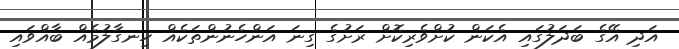
އަދި އޭގެ ބަދަލުގައި އެކަން ކުށްވެރިކޮށް ރަށުގެ ގިނަ އަންހެނުންތަކެއް ހިނގާލުމެއް ބާއްވައި